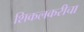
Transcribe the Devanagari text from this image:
शिकलकरीचा